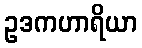
ဥဒကဟာရိယာ